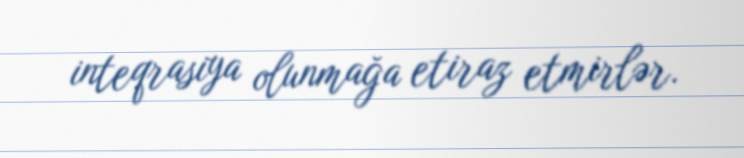
inteqrasiya olunmağa etiraz etmirlər.